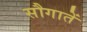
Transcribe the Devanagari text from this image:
सौगातें